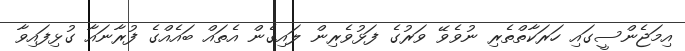
އިމަޖެންސީގައި ހަރަކާތްތެރި ނުވެވޭ ވަރުގެ ފަޅުވެރިން ލައިގެން އެތައް ބައެއްގެ ފުރާނައާ ގުޅިފައިވާ